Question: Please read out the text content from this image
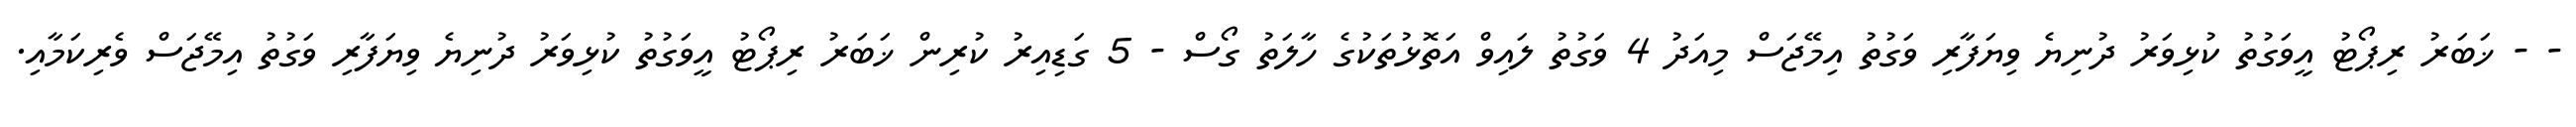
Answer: - - ޚަބަރު ރިޕޯޓު އީވަގުތު ކުޅިވަރު ދުނިޔެ ވިޔަފާރި ވަގުތު އިމޭޖަސް މިއަދު 4 ވަގުތު ލައިވް އަތޮޅުތަކުގެ ހާލަތު ގޯސް - 5 ގަޑިއިރު ކުރިން ޚަބަރު ރިޕޯޓު އީވަގުތު ކުޅިވަރު ދުނިޔެ ވިޔަފާރި ވަގުތު އިމޭޖަސް ވެރިކަމާއި.